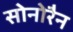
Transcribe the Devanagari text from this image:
सोनोरैन